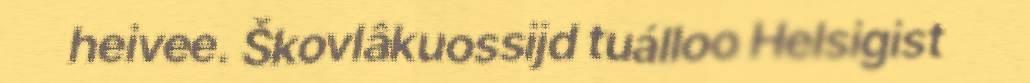
heivee. Škovlâkuossijd tuálloo Helsigist